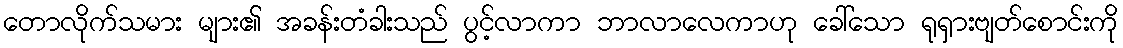
တောလိုက်သမား များ၏ အခန်းတံခါးသည် ပွင့်လာကာ ဘာလာလေကာဟု ခေါ်သော ရုရှားဗျတ်စောင်းကို